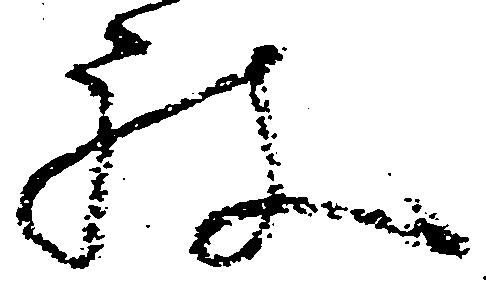
被